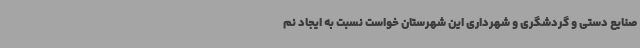
صنایع دستی و گردشگری و شهرداری این شهرستان خواست نسبت به ایجاد نم